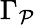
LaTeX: \Gamma_{\mathcal{P}}